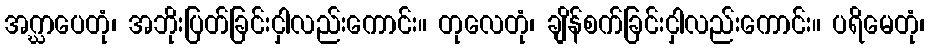
အဂ္ဃာပေတုံ၊ အဘိုးပြတ်ခြင်းငှါလည်းကောင်း။ တုလေတုံ၊ ချိန်စက်ခြင်းငှါလည်းကောင်း။ ပရိမေတုံ၊